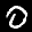
Label: 0